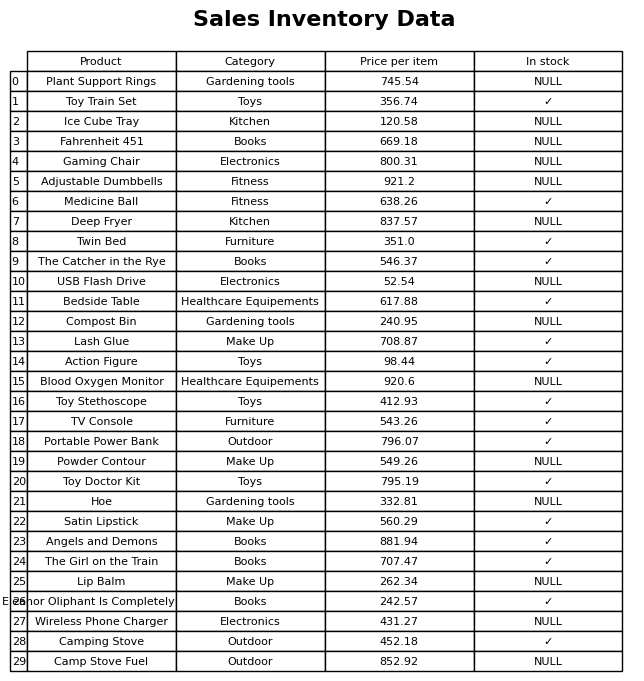
question: What is the price of the USB Flash Drive?
answer: The price of USB Flash Drive is 52.54.